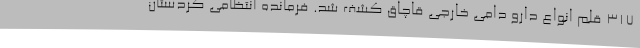
317 قلم انواع دارو دامی خارجی قاچاق کشف شد. فرمانده انتظامی کردستان